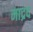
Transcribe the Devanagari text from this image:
माद्रद